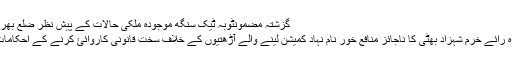
گزشتہ مضمونٹوبہ ٹیک سنگھ موجودہ ملکی حالات کے پیش نظر ضلع بھر میں سیکیورٹی ہائی الرٹ کر دی گئی
اگلا مضموناسسٹنٹ کمشنر چک جھمرہ رائے خرم شہزاد بھٹی کا ناجائز منافع خور نام نہاد کمیشن لینے والے آڑھتیوں کے خلاف سخت قانونی کاروائئ کرنے کے احکامات، مزید تفصیلات جانیے اس لنک میں